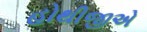
હોથીજીએ